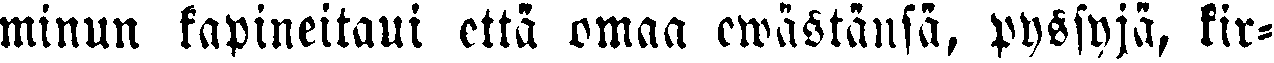
minun kapineitani että omaa ewästänsä, pyssyjä, kir-